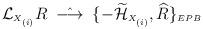
LaTeX: \begin{align*}{\cal L}_{\scriptscriptstyle X_{(i)}}R \;\; \hat{\longrightarrow} \;\; \{-\widetilde{\cal H}_{\scriptscriptstyle X_{(i)}}, \widehat{R}\}_{\scriptscriptstyle EPB}\end{align*}